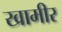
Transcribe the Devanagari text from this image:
खामीर